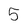
Character: 5